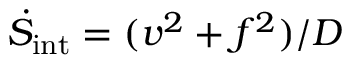
\dot { S } _ { \mathrm { i n t } } = ( v ^ { 2 } + f ^ { 2 } ) / D